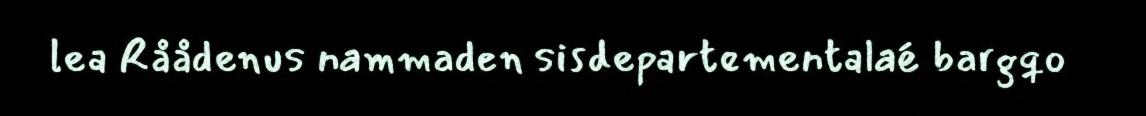
lea Råådenus nammaden sisdepartementalaé bargqo